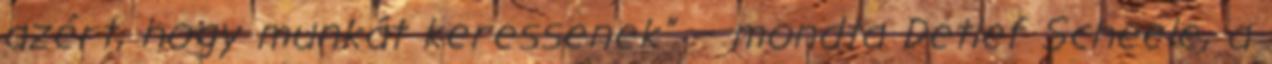
azért, hogy munkát keressenek” – mondta Detlef Scheele, a